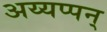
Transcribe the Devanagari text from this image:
अय्यप्पन्